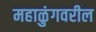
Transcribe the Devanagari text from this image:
महाळुंगवरील